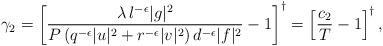
LaTeX: \begin{align*} \gamma_2 = \left[\frac{\lambda\, l^{-\epsilon}|g|^2}{P\left(q^{-\epsilon}|u|^2 + r^{-\epsilon}|v|^2\right) d^{-\epsilon}|f|^2}-1\right]^{\dag}= \left[\frac{c_2}{T}-1\right]^{\dag},\end{align*}